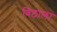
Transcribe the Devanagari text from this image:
विठाला